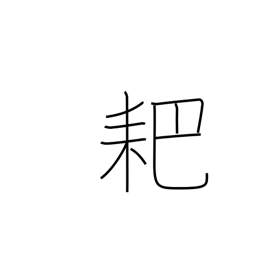
Meaning: forked hoe